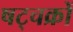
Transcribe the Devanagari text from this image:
षट्चक्रों